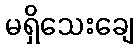
မရှိသေးချေ